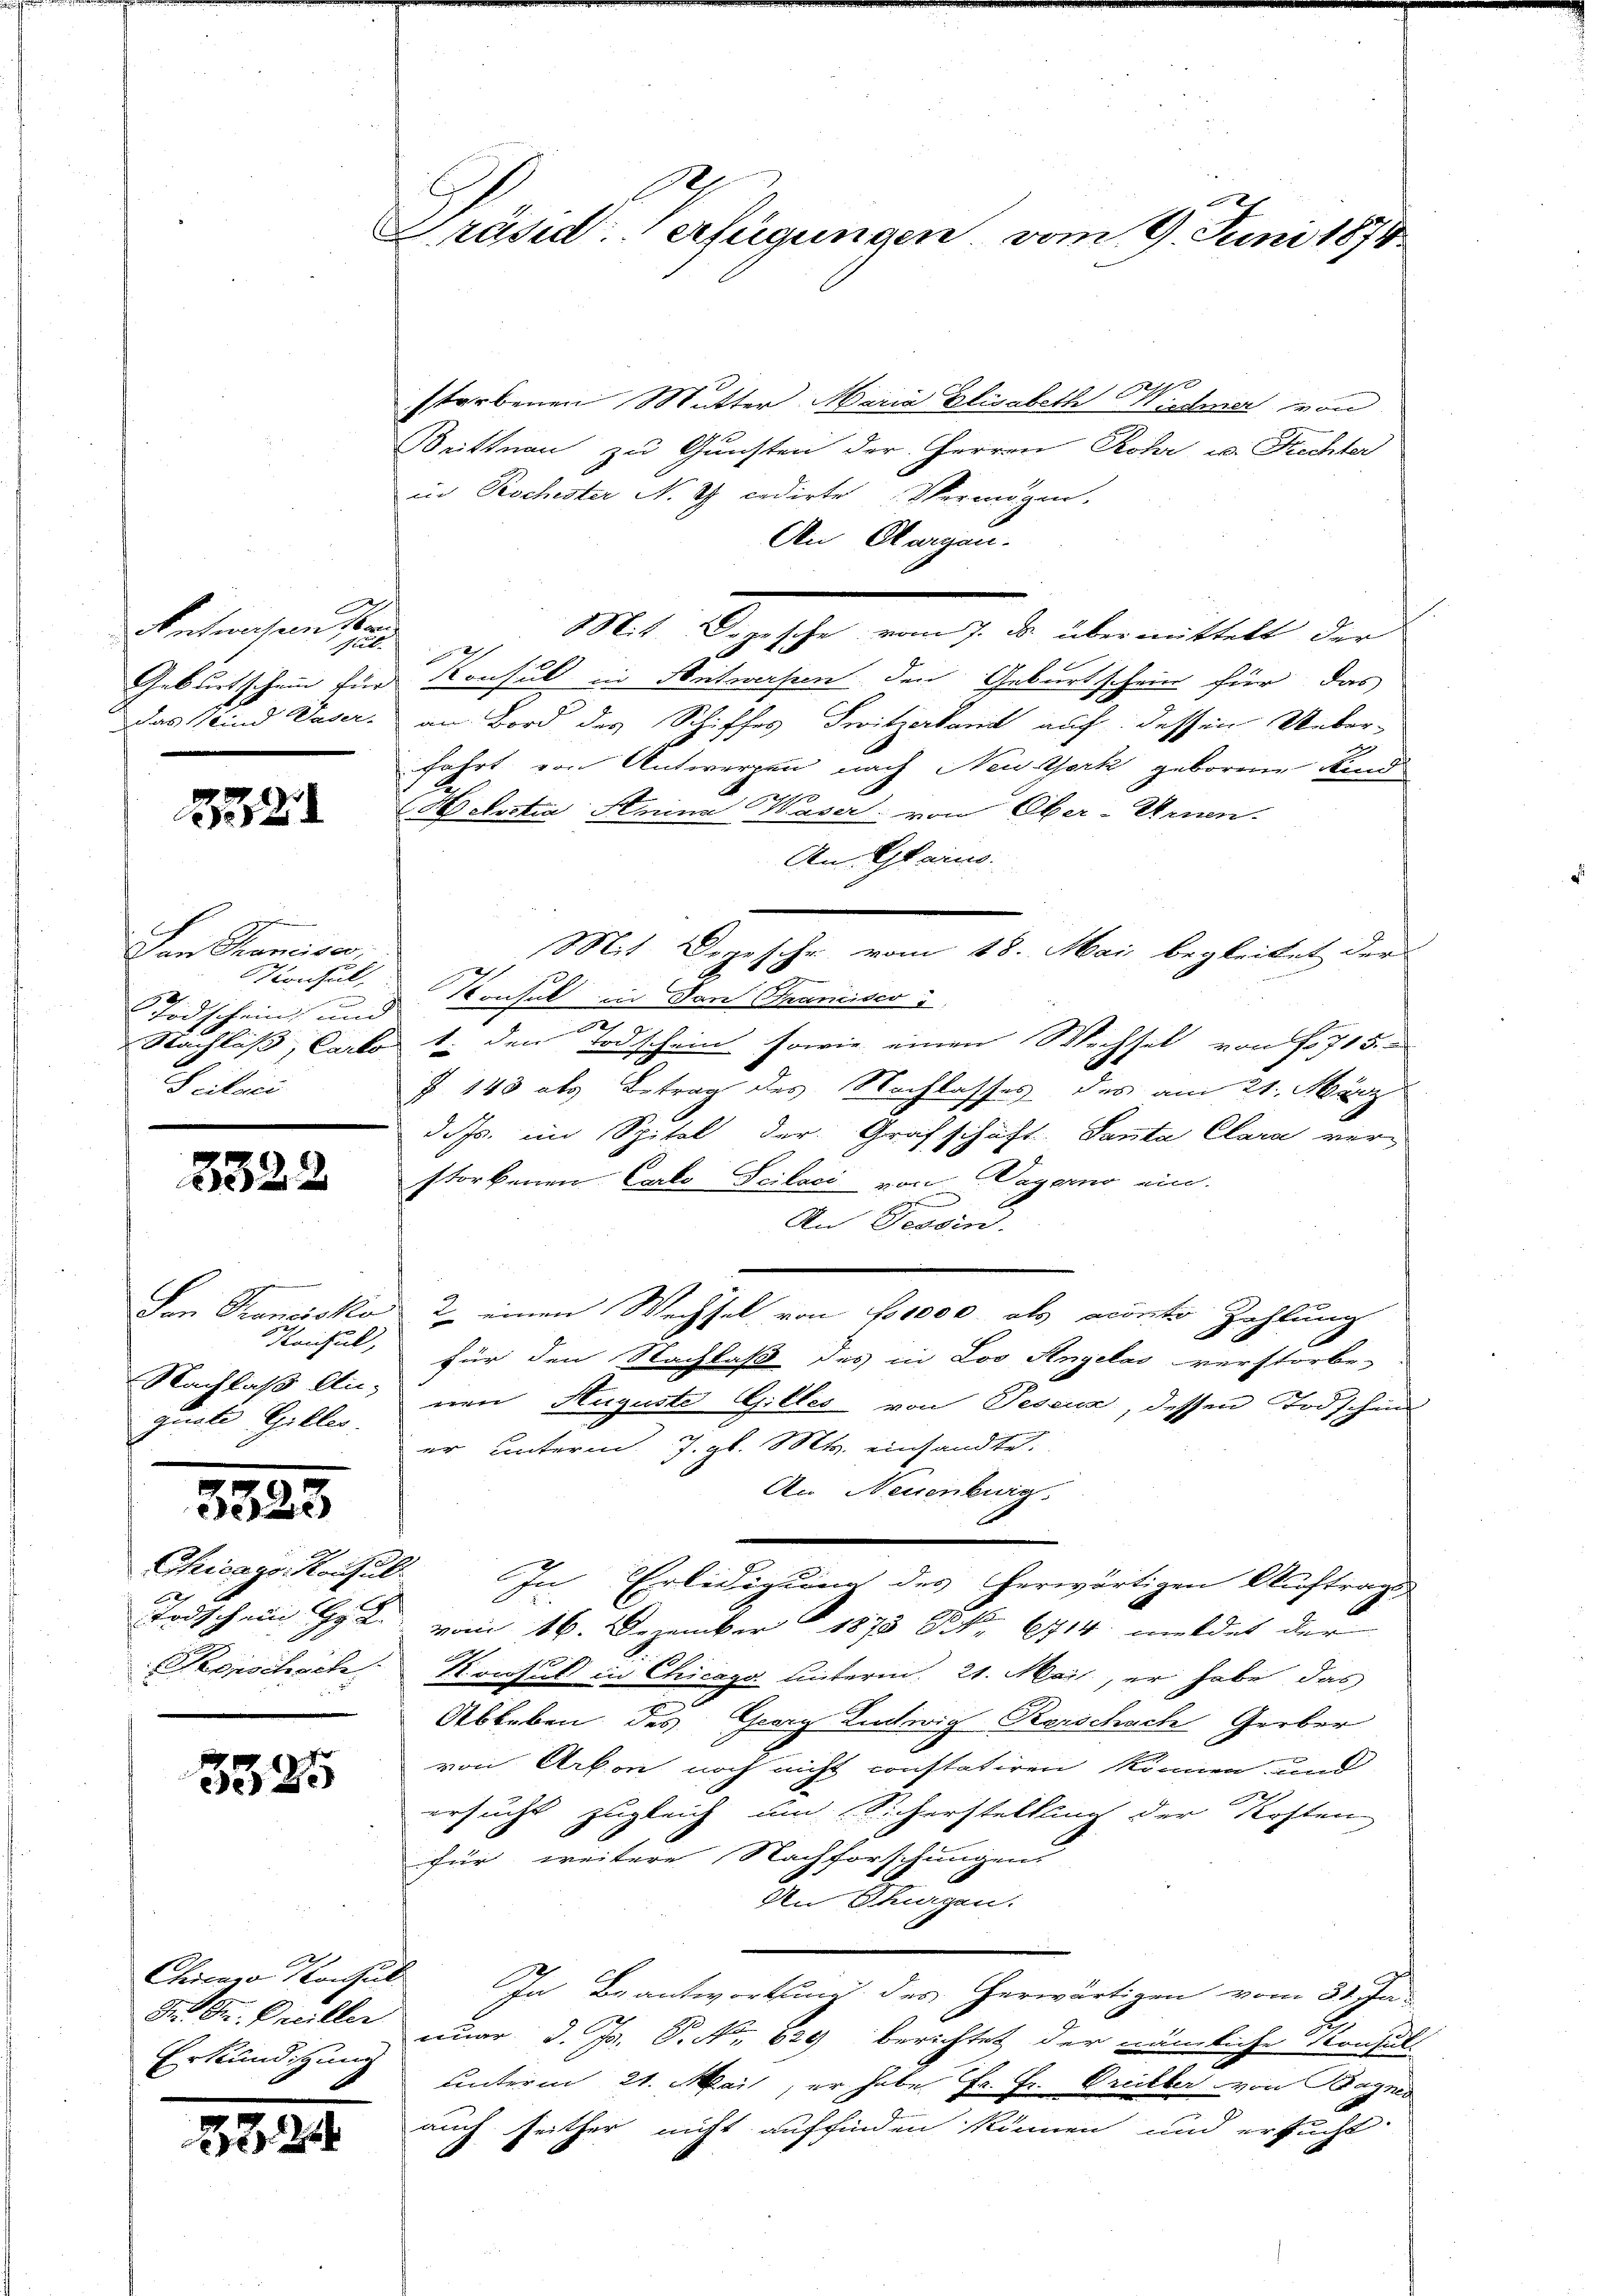
Antwesen Stan
gul.
Geburtschein für
Das Kind Zuver¬

2

Den Spanisa
Konsul,
2.
e
Todschein und
Nachläß, Carto
Scilaci

3322

Den Prenisko
Konsul,
Nachlaß Angriale Göller.

3525

Chicags. Konsul

Todschein Hr. L.

3325

Dr. Dr. Freiller
Erkundigung

3334

Gräsid. Verfügungen vom 9. Juni 1874.

20
storbenen Mutter Maria Elisabeth Wiedmer von
Brittnau zu Gunsten der Herren Rohr u. Rechter
in Rochester No. 2 cedirte Vermögen.
An Obergen.
Mit Bergesche vom 7. ds. übermittelt der
d
d. Konsul in Antwerken den Geburtschein für das
an Bord des Schiffes Switzerband auf dessen Ueber-
fahrt von Antwerpen nach Neustark geborene Kinde
 Mostia, Anina Kaser: von Ober-Urnen.
An Glarno.
Mit Degesche vom 18. Mai begleitet der
Konsul in Dan Francisco
1. den Todschein sowie einen Wechsel von f. 715.
P 143 als Betrag des Nachlasses des am 21. März
d. Js. im Spital der Grafschaft. Santa Clara verstorbenen Carlo Scilaci von Dagerno ein.
An Tessin.
2 einen Wechsel von No 1000 als conto Zahlung
für den Nachlaß des in Loo Angelas verstorbe-
nen Auguste Gilles von Teseua, dessen Todschen
er unterm. J. gl. Mts. einsandte.
An Neuenburg.
In Erledigung des herwärtigen Auftrags
vom 16. Dezember 1873 Frk. 6714. meldet der
Korschach. Konsul in Chicago unterm 21. Mai, er habe das
Ableben des Georg Ludwig Kerschach Gerber
von Arbon noch nicht constatiren können und
ersucht zugleich um Sicherstellung der Kosten
für weitere Nachforschungens
An Etagen.
Chicago Konsul In Beantwortung des herwärtigen vom 30. Ja
nuar d. Js. S. Nr. 829 berichtet der nämliche Konsult
unterm 21. Mai, er habe Fr. Fr. Greiber von Bagnis
auch seither nicht auffinden können und ersucht